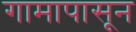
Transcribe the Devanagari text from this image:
गामापासून